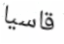
قاسيا